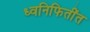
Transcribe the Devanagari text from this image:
ध्वनिफितींत